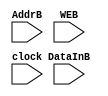
module MemoryB(AddrB, WEB, DataInB, clock);
    input [1:0] AddrB;
    input WEB;
    input [7:0] DataInB;
    input clock;
    reg [7:0] SRAM [3:0];
    wire [1:0] AddrB;
    wire [7:0] DataInB;
    
    always @ (posedge clock)
    begin
        if (WEB==1)
            SRAM[AddrB] <= DataInB;
    end
endmodule